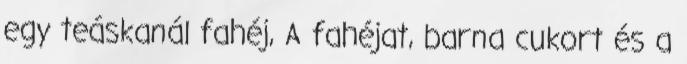
egy teáskanál fahéj, A fahéjat, barna cukort és a